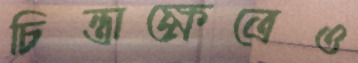
চিন্তাক্ষেত্রেও